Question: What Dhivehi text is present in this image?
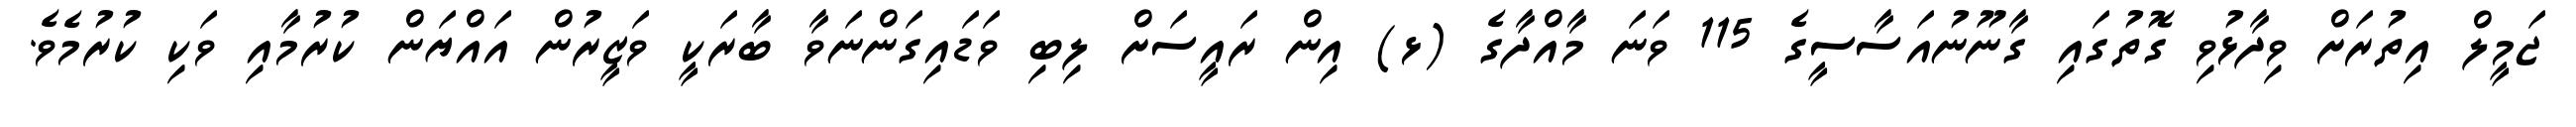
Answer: ޖަމީލް އިތުރަށް ވިދާޅުވި ގޮތުގައި ގާނޫނުއަސާސީގެ 115 ވަނަ މާއްދާގެ (ޅ) އިން ރައީސަށް ލިބި ވަޑައިގަންނަވާ ބާރަކީ ވަޒީރުން އައްޔަން ކުރުމާއި ވަކި ކުރުމެވެ.